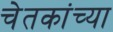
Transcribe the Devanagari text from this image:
चेतकांच्या